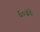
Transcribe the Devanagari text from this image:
६०५४